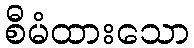
စီမံထားသော